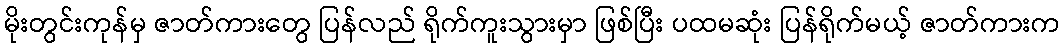
မိုးတွင်းကုန်မှ ဇာတ်ကားတွေ ပြန်လည် ရိုက်ကူးသွားမှာ ဖြစ်ပြီး ပထမဆုံး ပြန်ရိုက်မယ့် ဇာတ်ကားက